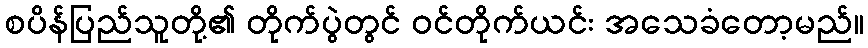
စပိန်ပြည်သူတို့၏ တိုက်ပွဲတွင် ဝင်တိုက်ယင်း အသေခံတော့မည်။